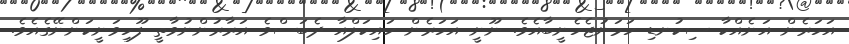
އަހަރެން އަނެއްކާ ސިކުނޑި ހަމަނުޖެހެނީބާއެވެ. ނޫނީ އަހަރެން ހައިކަލްއާ ދެބަސްވެ އަރާރުންނުވާތީ ފޫހިވަނީކަންނޭގެއެވެ.